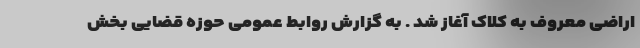
اراضی معروف به کلاک آغاز شد . به گزارش روابط عمومی حوزه قضایی بخش